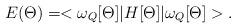
LaTeX: \begin{align*}E(\Theta) = <\omega_Q[\Theta]|H[\Theta]|\omega_Q[\Theta]>.\end{align*}